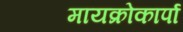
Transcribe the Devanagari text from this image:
मायक्रोकार्पा